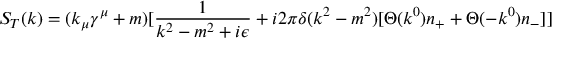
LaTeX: S _ { T } ( k ) = ( k _ { \mu } \gamma ^ { \mu } + m ) [ { \frac { 1 } { k ^ { 2 } - m ^ { 2 } + i \epsilon } } + i 2 \pi \delta ( k ^ { 2 } - m ^ { 2 } ) [ \Theta ( k ^ { 0 } ) n _ { + } + \Theta ( - k ^ { 0 } ) n _ { - } ] ]